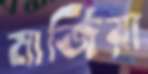
মার্জিয়া